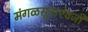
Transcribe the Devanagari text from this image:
मंगळसूत्राऐवजी